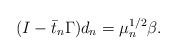
\begin{align*}(I- \bar t_n \Gamma) d_n = \mu_n^{1/2} \beta. \end{align*}